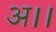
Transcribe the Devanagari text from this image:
अ।।